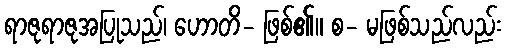
ရာဇုရာဇုအပြုသည်၊ ဟောတိ- ဖြစ်၏။ စ- မဖြစ်သည်လည်း